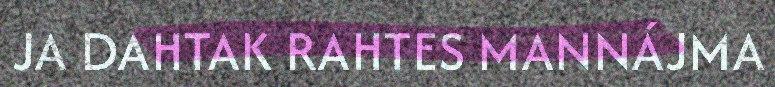
JA DAHTAK RAHTES MANNÁJMA